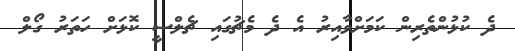
ދެ ކުޅުންތެރިން ކަމަށްވާއިރު އެ ދެ މެޗުގައި ޗެލްސީ ކޮޅަށް ހަތަރު ގޯލް